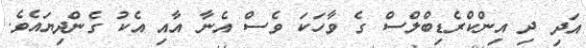
އަދި ދި އިންކްރެޑިބްލްސް ގެ ވާހަކަ ވެސް އެނާ އާއި އެކު ގެންދިޔައެވެ.